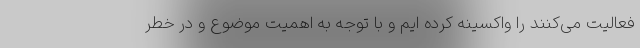
فعالیت می‌کنند را واکسینه کرده ایم و با توجه به اهمیت موضوع و در خطر